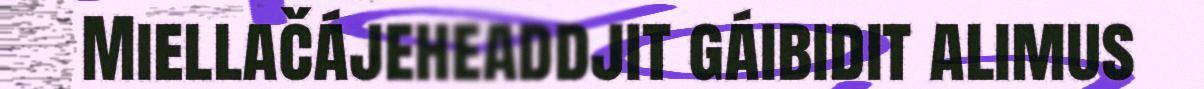
Miellačájeheaddjit gáibidit alimus